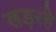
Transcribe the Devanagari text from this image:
लड़रहे